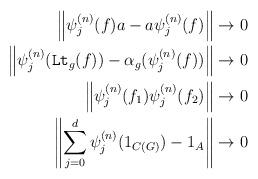
LaTeX: \begin{align*}\left\|\psi^{(n)}_j(f)a-a\psi^{(n)}_j(f)\right\|&\to 0\\\left\|\psi^{(n)}_j(\mbox{\texttt{Lt}}_g(f))-\alpha_g(\psi^{(n)}_j(f))\right\|&\to 0\\\left\|\psi^{(n)}_j(f_1)\psi^{(n)}_j(f_2)\right\|&\to 0 \\\left\|\sum\limits_{j=0}^d\psi^{(n)}_j(1_{C(G)})-1_A\right\| & \to 0\end{align*}